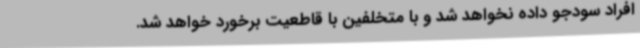
افراد سودجو داده نخواهد شد و با متخلفین با قاطعیت برخورد خواهد شد.